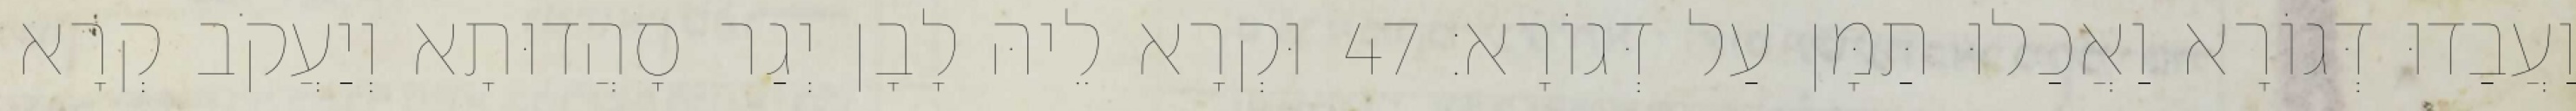
וַעֲבַדוּ דְּגוֹרָא וַאֲכַלוּ תַּמָּן עַל דְּגוֹרָא׃ 47 וּקְרָא לֵיהּ לָבָן יְגַר סָהֲדוּתָא וְיַעֲקֹב קְרָא